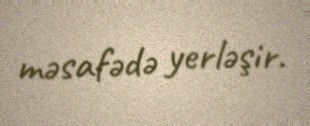
məsafədə yerləşir.